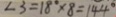
\angle 3 = 1 8 0 ^ { \circ } \times 8 = 1 4 4 ^ { \circ }